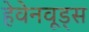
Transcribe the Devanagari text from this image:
हेवेनवूड्स